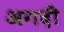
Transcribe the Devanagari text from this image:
अगदीं